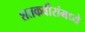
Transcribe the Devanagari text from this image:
शतकवीरांमध्ये